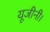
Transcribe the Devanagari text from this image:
यूजीनी।